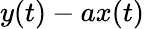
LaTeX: y(t)-ax(t)